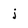
Character: j